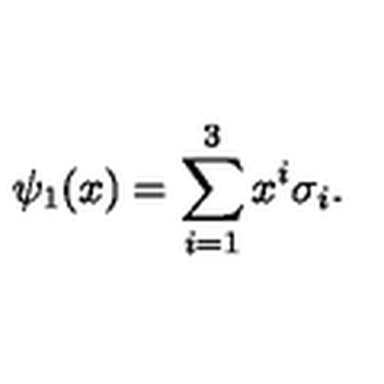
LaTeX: \psi _ { 1 } ( x ) = \sum _ { i = 1 } ^ { 3 } x ^ { i } \sigma _ { i } .